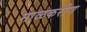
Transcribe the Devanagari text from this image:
माळकरीण